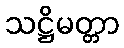
သဋ္ဌိမတ္တာ